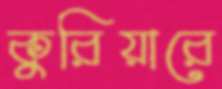
কুরিয়ারে